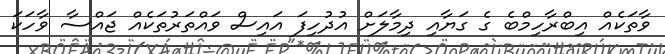
ވާތަކެއް އިބްރާހިމްބެ ގެ ގަޔާއި ދިމާލަށް އުދުހިފަ އައިސް ވައްތަރުތަކެއް ޖައްސާ ވާހަކަ